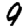
Digit: 9